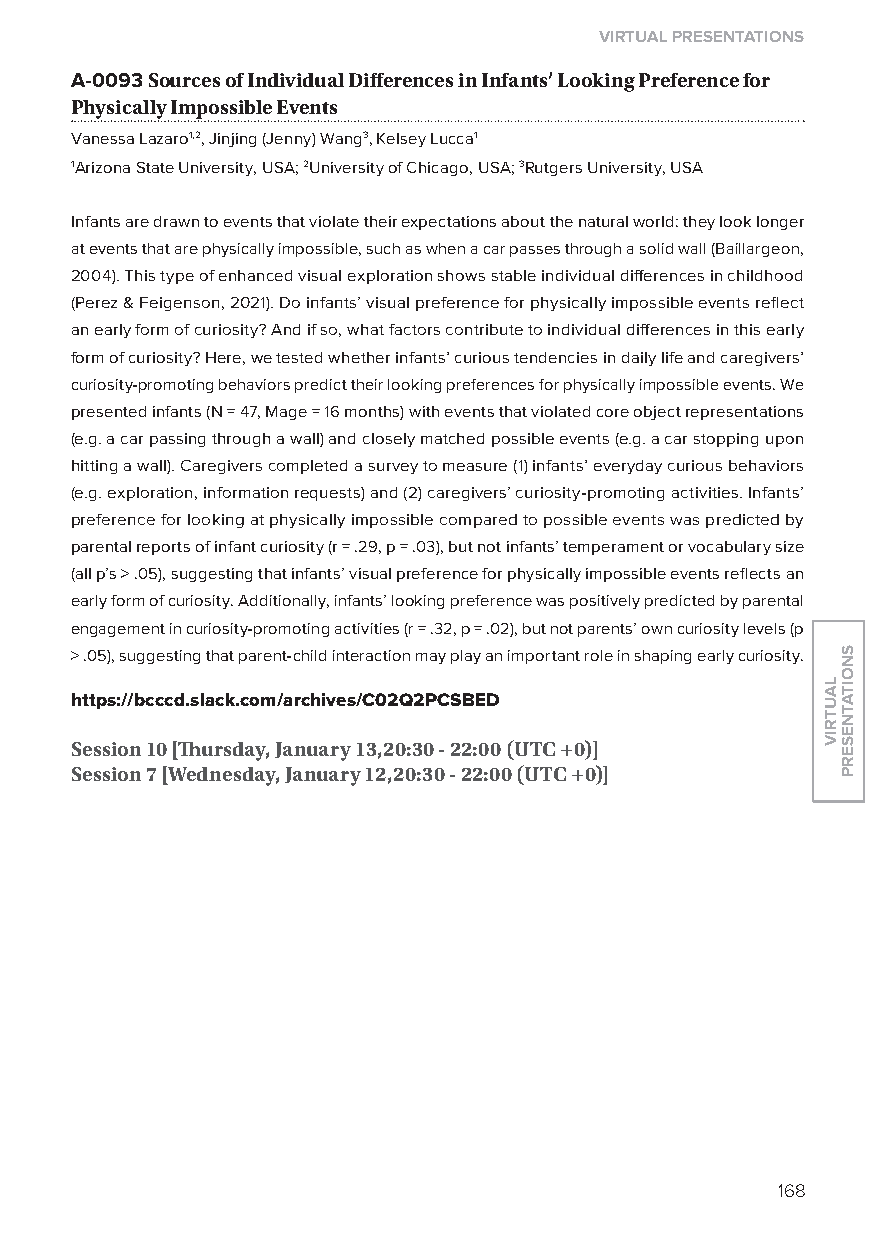
virtual presentations
 A-0093 sources of individual Differences in infants’ looking Preference for
 Physically impossible events
 Vanessa lazaro1,2, Jinjing (Jenny) Wang3, Kelsey lucca1
 1Arizona State University, USA; 2University of Chicago, USA; 3Rutgers University, USA
 Infants are drawn to events that violate their expectations about the natural world: they look longer
 at events that are physically impossible, such as when a car passes through a solid wall (Baillargeon,
 2004). This type of enhanced visual exploration shows stable individual differences in childhood
 (Perez & Feigenson, 2021). Do infants’ visual preference for physically impossible events reflect
 an early form of curiosity? And if so, what factors contribute to individual differences in this early
 form of curiosity? Here, we tested whether infants’ curious tendencies in daily life and caregivers’
 curiosity-promoting behaviors predict their looking preferences for physically impossible events. We
 presented infants (N = 47, Mage = 16 months) with events that violated core object representations
 (e.g. a car passing through a wall) and closely matched possible events (e.g. a car stopping upon
 hitting a wall). Caregivers completed a survey to measure (1) infants’ everyday curious behaviors
 (e.g. exploration, information requests) and (2) caregivers’ curiosity-promoting activities. Infants’
 preference for looking at physically impossible compared to possible events was predicted by
 parental reports of infant curiosity (r = .29, p = .03), but not infants’ temperament or vocabulary size
 (all p’s > .05), suggesting that infants’ visual preference for physically impossible events reflects an
 early form of curiosity. Additionally, infants’ looking preference was positively predicted by parental
 engagement in curiosity-promoting activities (r = .32, p = .02), but not parents’ own curiosity levels (p
 > .05), suggesting that parent-child interaction may play an important role in shaping early curiosity.
 https://bcccd.slack.com/archives/C02Q2pCsBed
 session 10 [Thursday, January 13,20:30 - 22:00 (utC +0)]
 session 7 [Wednesday, January 12,20:30 - 22:00 (utC +0)]
 168
 lautriv
 snoitatneserp